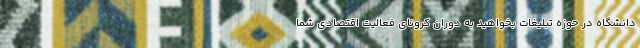
دانشگاه در حوزه تبلیغات بخواهید به دوران کرونای فعالیت اقتصادی شما